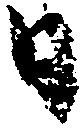
日